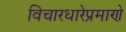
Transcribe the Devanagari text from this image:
विचारधारेप्रमाणे